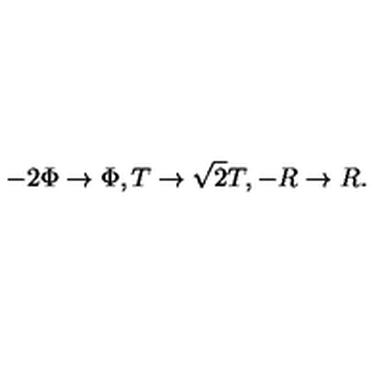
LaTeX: - 2 \Phi \rightarrow \Phi , T \rightarrow \sqrt 2 T , - R \rightarrow R .